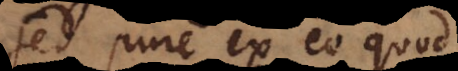
sed pure ex eo quod